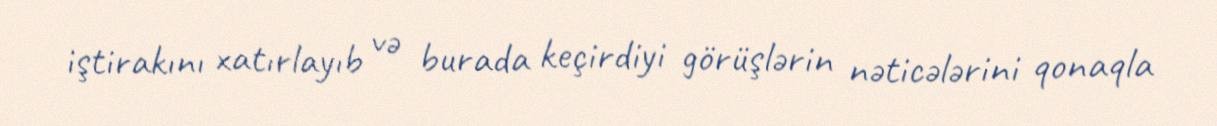
iştirakını xatırlayıb və burada keçirdiyi görüşlərin nəticələrini qonaqla